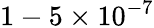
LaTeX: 1-5\times 10^{-7}